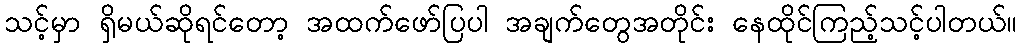
သင့်မှာ ရှိမယ်ဆိုရင်တော့ အထက်ဖော်ပြပါ အချက်တွေအတိုင်း နေထိုင်ကြည့်သင့်ပါတယ်။